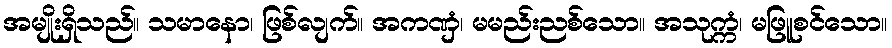
အမျိုးရှိသည်။ သမာနော၊ ဖြစ်လျက်။ အကဏှံ၊ မမည်းညစ်သော။ အသုက္ကံ၊ မဖြူစင်သော။